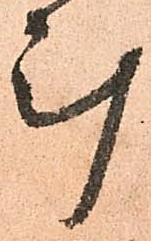
斗